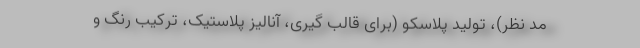
مد نظر)، تولید پلاسکو (برای قالب گیری، آنالیز پلاستیک، ترکیب رنگ و